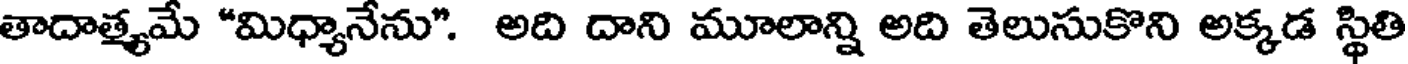
తాదాత్యమే "మిధ్యానేను". అది దాని మూలాన్ని అది తెలుసుకొని అక్కడ స్థితి